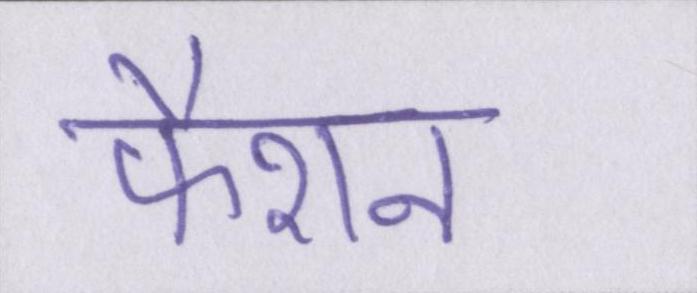
फैशन